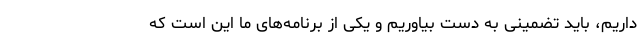
داریم، باید تضمینی به دست بیاوریم و یکی از برنامه‌های ما این است که